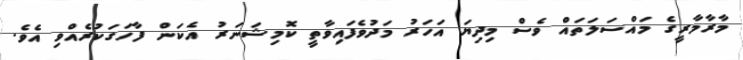
މާރާމާރީގެ މައްސަލަތައް ވެސް މިދިޔަ އަހަރު މަދުވެފައިވާތީ ކޮމިޝަނަރު އެކަން ފާހަގަކުރެއްވި އެވެ.